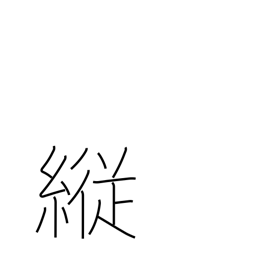
Meaning: self-indulgent